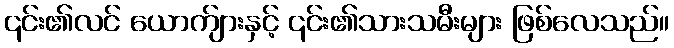
၎င်း၏လင် ယောက်ျားနှင့် ၎င်း၏သားသမီးများ ဖြစ်လေသည်။